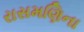
રાસમણિના